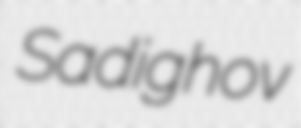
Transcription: Sadighov